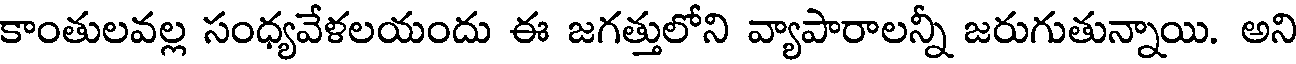
కాంతులవల్ల సంధ్యవేళలయందు ఈ జగత్తులోని వ్యాపారాలన్నీ జరుగుతున్నాయి. అని